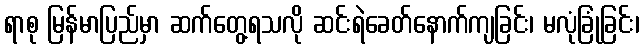
ရာစု မြန်မာပြည်မှာ ဆက်တွေ့ရသလို ဆင်းရဲခေတ်နောက်ကျခြင်း၊ မလုံခြုံခြင်း၊